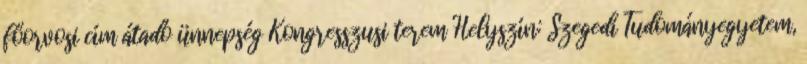
főorvosi cím átadó ünnepség Kongresszusi terem Helyszín: Szegedi Tudományegyetem,